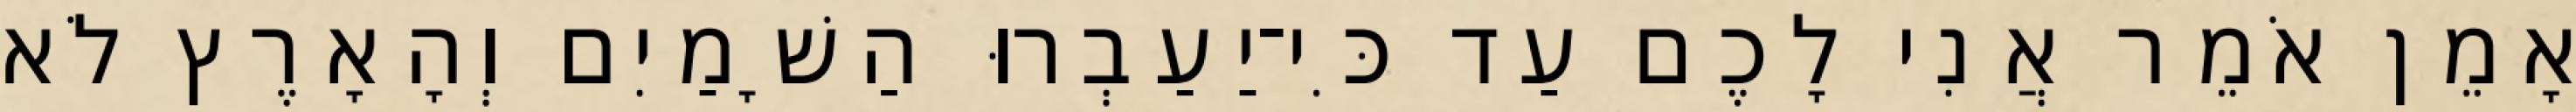
אָמֵן אֹמֵר אֲנִי לָכֶם עַד כִּי־יַעַבְרוּ הַשָׁמַיִם וְהָאָרֶץ לֹא